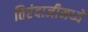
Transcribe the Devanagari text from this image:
तिरंदाजीमध्ये